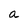
Character: a